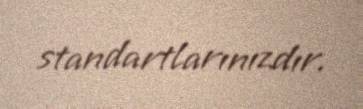
standartlarınızdır.